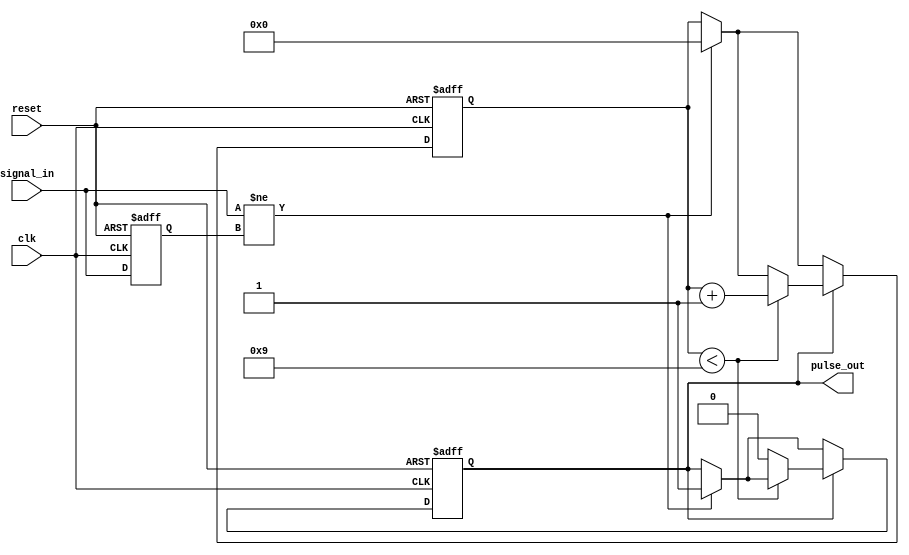
module monostable_edge_detector #(
    parameter PULSE_WIDTH = 10 // Pulse width in clock cycles
)(
    input wire clk,             // System clock
    input wire reset,           // Asynchronous reset
    input wire signal_in,       // Input signal to detect edges
    output reg pulse_out        // Output pulse indicating edge detection
);

    // State register to store the previous state of the input signal
    reg signal_in_prev;
    
    // Counter for pulse width generation
    reg [3:0] pulse_counter; // Modify size according to PULSE_WIDTH
    reg pulse_ready;

    // Edge detection logic
    always @(posedge clk or posedge reset) begin
        if (reset) begin
            signal_in_prev <= 1'b0;
            pulse_out <= 1'b0;
            pulse_counter <= 4'd0;
            pulse_ready <= 1'b0;
        end else begin
            // Detect rising or falling edge
            if (signal_in != signal_in_prev) begin
                pulse_out <= 1'b1; // Generate pulse on edge detection
                pulse_counter <= 4'd0; // Reset pulse counter
                pulse_ready <= 1'b0; // Start timing the pulse
            end
            
            // Store the current signal state as previous state
            signal_in_prev <= signal_in;

            // Pulse width generation
            if (pulse_out) begin
                if (pulse_counter < PULSE_WIDTH - 1) begin
                    pulse_counter <= pulse_counter + 1;
                end else begin
                    pulse_out <= 1'b0; // End pulse after specified width
                end
            end
        end
    end

endmodule